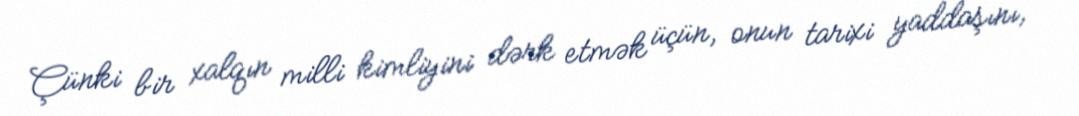
Çünki bir xalqın milli kimliyini dərk etmək üçün, onun tarixi yaddaşını,